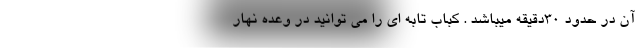
آن در حدود 30دقیقه میباشد . کباب تابه ای را می توانید در وعده نهار